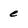
Character: e